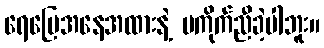
ရေမြေအနေအထားနဲ့ မကိုက်ညီခဲ့ပါဘူး။